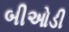
બીઓડી